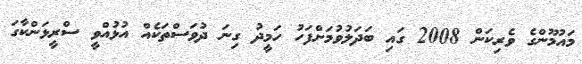
މައުމޫންގެ ވެރިކަން 2008 ގައި ބަދަލުވުމަށްފަހު ހަމީދު ގިނަ ދުވަސްތަކެއް އުޅުއްވީ ސްރީޅަންކާގަ